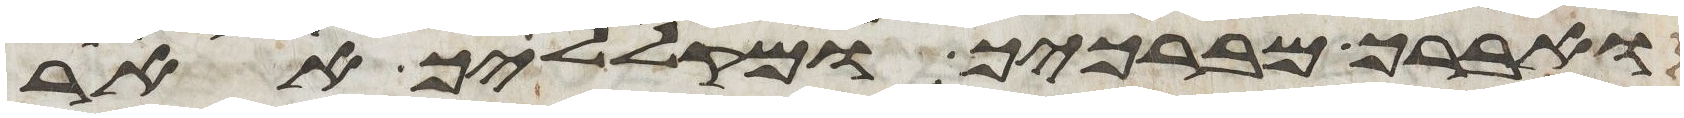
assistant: ואברך מברכיך ומקלליך אאר